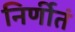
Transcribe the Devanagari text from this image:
निर्णीतं